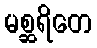
မစ္ဆရိတေ